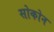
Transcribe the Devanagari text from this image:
सोकोन